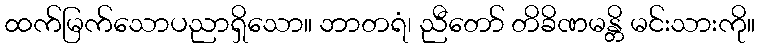
ထက်မြက်သောပညာရှိသော။ ဘာတရံ၊ ညီတော် တိခိဏမန္တိ မင်းသားကို။